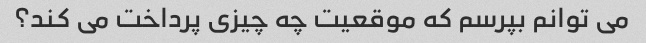
می توانم بپرسم که موقعیت چه چیزی پرداخت می کند؟